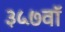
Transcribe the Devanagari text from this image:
३५७वॉ